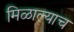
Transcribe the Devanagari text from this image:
मिळाल्याच